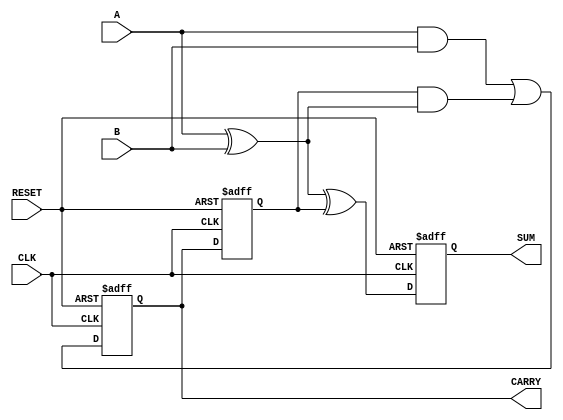
module sequential_half_adder (
    input wire A,            // First input bit
    input wire B,            // Second input bit
    input wire CLK,          // Clock signal
    input wire RESET,        // Reset signal
    output reg SUM,          // Sum output
    output reg CARRY         // Carry output
);

    // Internal state variable to hold the previous carry
    reg previous_carry;

    // Always block triggered on the rising edge of the clock
    always @(posedge CLK or posedge RESET) begin
        if (RESET) begin
            // Reset state: clear outputs and previous carry
            SUM <= 1'b0;
            CARRY <= 1'b0;
            previous_carry <= 1'b0;
        end else begin
            // Compute new sum and carry
            SUM <= A ^ B ^ previous_carry; // Calculate new sum
            CARRY <= (A & B) | (previous_carry & (A ^ B)); // Calculate new carry
            
            // Update previous carry for next clock cycle
            previous_carry <= CARRY;
        end
    end

endmodule